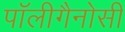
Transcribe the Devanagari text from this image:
पॉलीगैनोसी